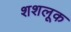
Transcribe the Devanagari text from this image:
शशलूक